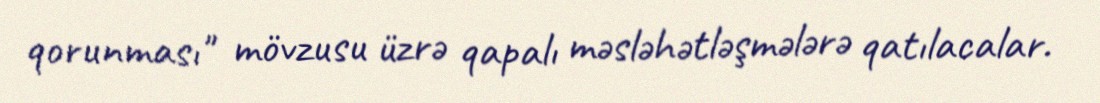
qorunması" mövzusu üzrə qapalı məsləhətləşmələrə qatılacalar.